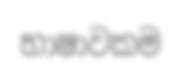
භාෂාවකම